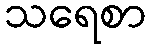
သရေစာ